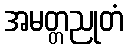
အမတ္တညုတံ